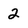
Character: 2